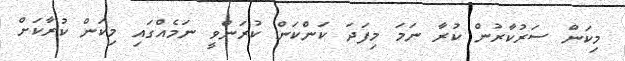
މިކަން ސަރުކާރުން ކުރާ ނަމަ މިފަދަ ކަންކަން ކުރަންވީ ނަމެއްގައި މިކަން ކުރާކަށް